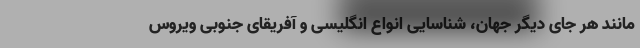
مانند هر جای دیگر جهان، شناسایی انواع انگلیسی و آفریقای جنوبی ویروس